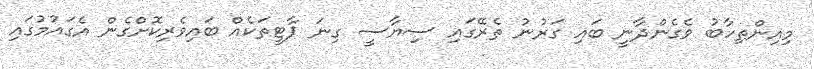
މިއިންތިހާބު ވެގެންދާނީ ބައި ގަރުނު ތެރޭގައި ސިޔާސީ ގިނަ ޕާޓީތަކެއް ބައިވެރިކޮށްގެން އެގައުމުގައި